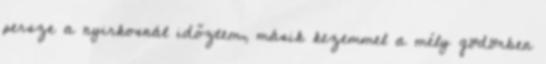
persze a nyirkosnál időztem, másik kezemmel a mély gödörben